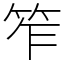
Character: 笮